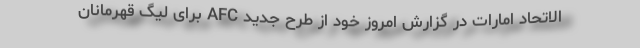
الاتحاد امارات در گزارش امروز خود از طرح جدید AFC برای لیگ قهرمانان